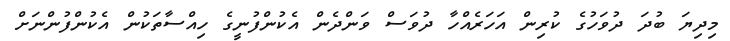
މިދިޔަ ބުދަ ދުވަހުގެ ކުރިން އަހަރެއްހާ ދުވަސް ވަންދެން އެކުންފުނީގެ ހިއްސާތަކުން އެކުންފުންނަށް